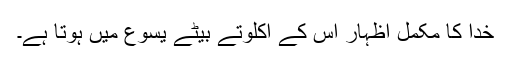
خدا کا مکمل اظہار اُس کے اکلوتے بیٹے یسوع میں ہوتا ہے۔